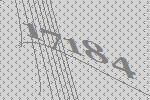
17184